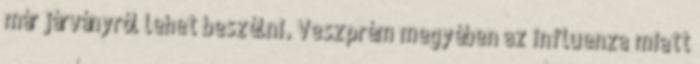
már járványról lehet beszélni. Veszprém megyében az influenza miatt